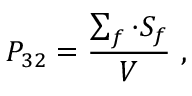
P _ { 3 2 } = \frac { \sum _ { f } \cdot S _ { f } } { V } ~ ,